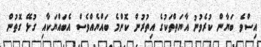
އިސްވެ ބަޔާން ކުރެވުނު އާޔަތްތަކުގެ އިތުރުން ކޮންމެ ބައްޔެއްވެސް އެބައްޔަކާއި ގުޅޭ ގޮތުން